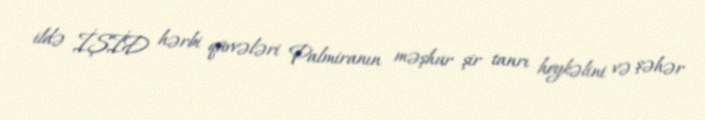
ildə İŞİD hərbi qüvvələri Palmiranın məşhur şir tanrı heykəlini və şəhər